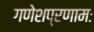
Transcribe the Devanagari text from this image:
गणेशप्रणामः